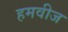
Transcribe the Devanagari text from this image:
हमवीज